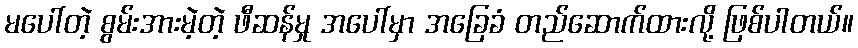
မပေါ်တဲ့ စွမ်းအားမဲ့တဲ့ ဖီဆန်မှု အပေါ်မှာ အခြေခံ တည်ဆောက်ထားလို့ ဖြစ်ပါတယ်။